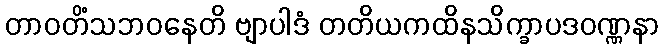
တာဝတိံသဘဝနေတိ ဗျာပါဒံ တတိယကထိနသိက္ခာပဒဝဏ္ဏနာ